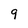
Character: 9